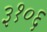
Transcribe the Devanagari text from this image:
३१०६